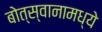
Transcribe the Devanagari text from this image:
बोत्स्वानामध्ये